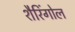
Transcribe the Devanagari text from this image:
शैरिंगोल